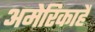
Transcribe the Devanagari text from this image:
अमेरिकाहै